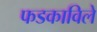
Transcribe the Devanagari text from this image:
फडकाविले